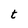
Character: t